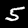
Digit: 5